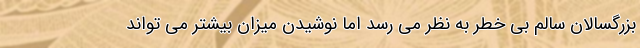
بزرگسالان سالم بی خطر به نظر می رسد اما نوشیدن میزان بیشتر می تواند